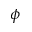
\phi